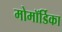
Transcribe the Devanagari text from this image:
मोमॉर्डिका